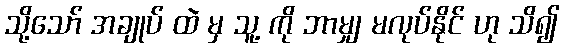
သို့သော် အချုပ် ထဲ မှ သူ့ ကို ဘာမျှ မလုပ်နိုင် ဟု သိ၍